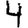
Digit: 4